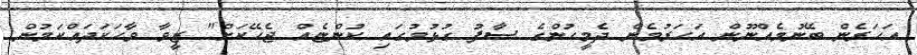
އަހަރެން ބޭނުމެއްނޫން އަހަރުމެން ދެމީހުންގެ ސާފު ގުޅުމުގައި ކުންޏެއް ޖެހޭކަށް" ޒީވާ ވާހަކަދައްކަމުން